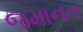
જમાનત